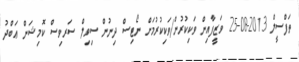
ތަފްސީލް 2013-08-25 ވަޒީފާއިން ވަކިކުރުން/ވަކިކުރުމަށް ނޯޓިސް ދިނުން ސިވިލް ސަރވިސް ކޮމިޝަން ޢަބްދު